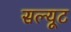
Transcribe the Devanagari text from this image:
सल्यूट